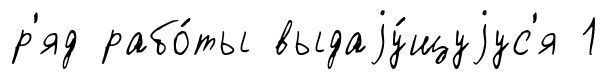
р'яд рабо́ты выдаjу́щуjус'я 1